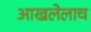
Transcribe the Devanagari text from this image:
आखलेलाच